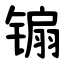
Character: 䦂